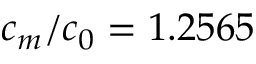
c _ { m } / c _ { 0 } = 1 . 2 5 6 5